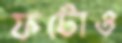
ফটোও